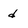
Character: d